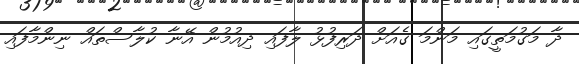
ދާ މަގުމަތީގައި މަންމަ ގެއަށް ދަރިފުޅު ލާފައި ދިއުމުން އޭނާ ކުލާސްތައް ނިންމާފައި